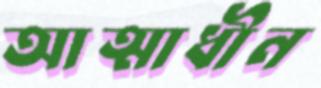
আত্মাধীন